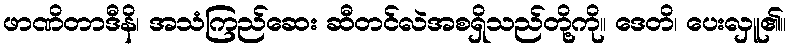
ဖာဏိတာဒီနိ၊ အသံကြည်ဆေး ဆီတင်လဲအစရှိသည်တို့ကို။ ဒေတိ၊ ပေးလှူ၏။